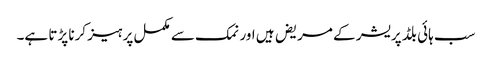
سب ہائی بلڈ پریشر کے مریض ہیں اور نمک سے مکمل پرہیز کرنا پڑتا ہے۔